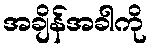
အချိန်အခါကို